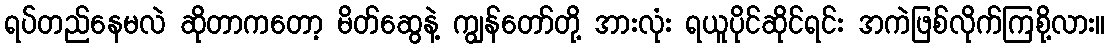
ရပ်တည်နေမလဲ ဆိုတာကတော့ မိတ်ဆွေနဲ့ ကျွန်တော်တို့ အားလုံး ရယူပိုင်ဆိုင်ရင်း အကဲဖြစ်လိုက်ကြစို့လား။